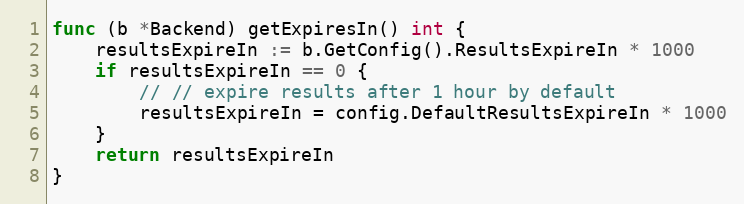
Language: Go
func (b *Backend) getExpiresIn() int {
	resultsExpireIn := b.GetConfig().ResultsExpireIn * 1000
	if resultsExpireIn == 0 {
		// // expire results after 1 hour by default
		resultsExpireIn = config.DefaultResultsExpireIn * 1000
	}
	return resultsExpireIn
}